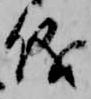
儀